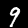
Label: 9